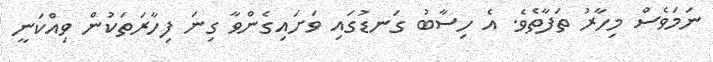
ނަމަވެސް މިހާރު ތަފާތެވެ. އެ ހިސާބު ގަނޑުގައި ވަށައިގެންވާ ގިނަ ފިހާރަތަކުން ވިއްކަނީ